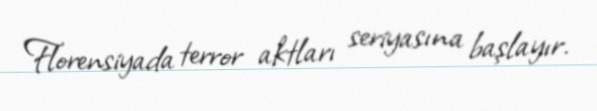
Florensiyada terror aktları seriyasına başlayır.